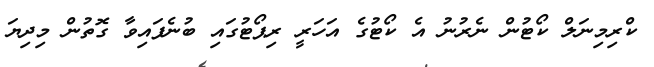
ކްރިމިނަލް ކޯޓުން ނެރުނު އެ ކޯޓުގެ އަހަރީ ރިޕޯޓުގައި ބުނެފައިވާ ގޮތުން މިދިޔަ